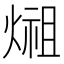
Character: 𤍄